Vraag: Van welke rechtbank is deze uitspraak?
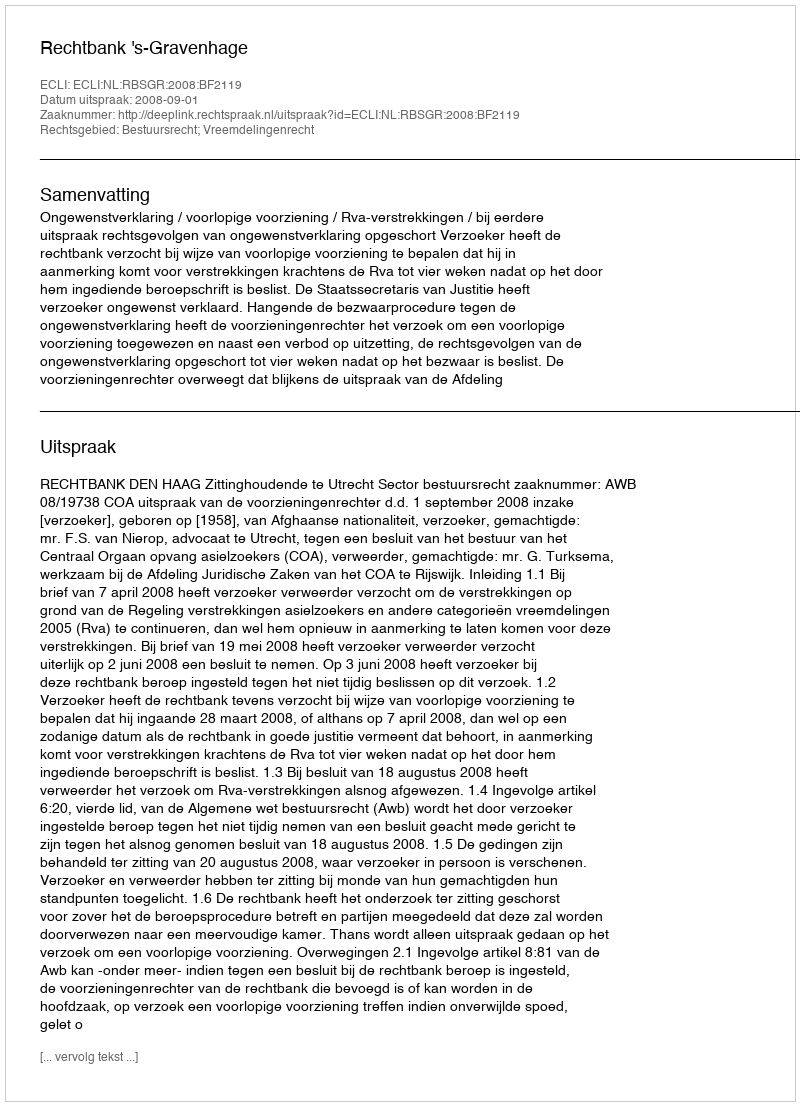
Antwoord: Rechtbank 's-Gravenhage